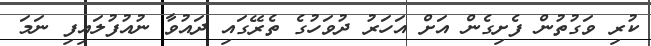
ކުރި ވަގުތުން ފެށިގެން އަށް އަހަރު ދުވަހުގެ ތެރޭގައި ދައުވާ ނުއުފުލައިފި ނަމަ